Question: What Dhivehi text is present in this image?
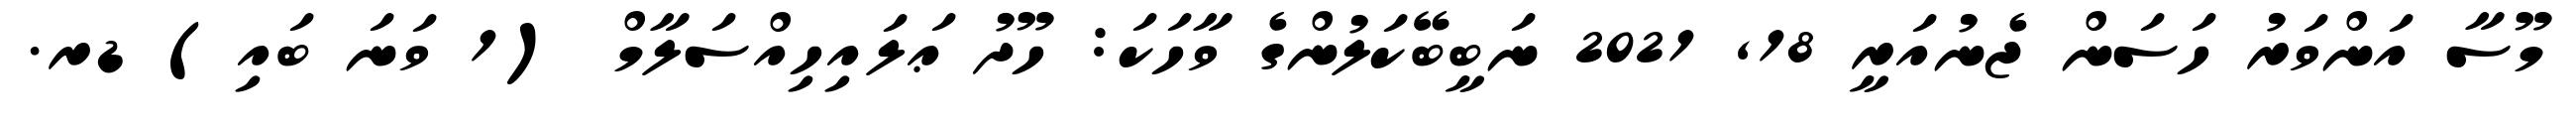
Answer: މޫސާ އަންވަރު ހަސަން ޖެނުއަރީ 18, 2021 ނަބީބޭކަލުންގެ ވާހަކަ: ހޫދު ޢަލައިހިއްސަލާމް (1 ވަނަ ބައި) ޑރ.